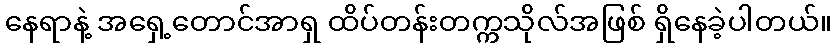
နေရာနဲ့ အရှေ့တောင်အာရှ ထိပ်တန်းတက္ကသိုလ်အဖြစ် ရှိနေခဲ့ပါတယ်။